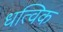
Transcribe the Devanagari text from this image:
धत्विक